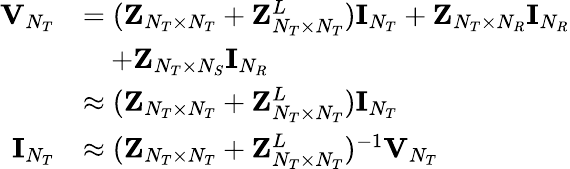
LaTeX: \begin{array}{rl}{{\mathbf{V}}_{N_{T}}}&{=({\mathbf{Z}}_{N_{T}\times N_{T}}+{\mathbf{Z}}_{N_{T}\times N_{T}}^{L}){\mathbf{I}}_{N_{T}}+{\mathbf{Z}}_{N_{T}\times N_{R}}{\mathbf{I}}_{N_{R}}}\\ &{\quad+{\mathbf{Z}}_{N_{T}\times N_{S}}{\mathbf{I}}_{N_{R}}}\\ &{\approx({\mathbf{Z}}_{N_{T}\times N_{T}}+{\mathbf{Z}}_{N_{T}\times N_{T}}^{L}){\mathbf{I}}_{N_{T}}}\\ {{\mathbf{I}}_{N_{T}}}&{\approx({\mathbf{Z}}_{N_{T}\times N_{T}}+{\mathbf{Z}}_{N_{T}\times N_{T}}^{L})^{-1}{\mathbf{V}}_{N_{T}}}\end{array}